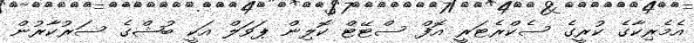
އެމެރިކާގެ ކުރީގެ ސެކްރެޓަރީ އޮފް ސްޓޭޓް ކޮލިން ޕަވަލް އަކީ ބުޝްގެ ސަރުކާރުން